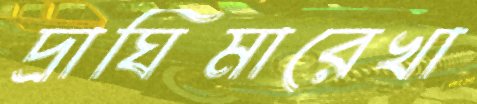
দ্রাঘিমারেখা